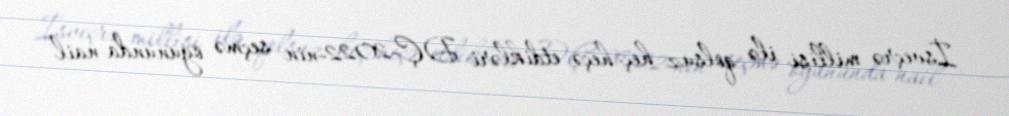
İsveçrə millisi ilə qolsuz heç-heçə etdikləri DÇ-2022-nin seçmə oyununda nail